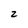
Character: 2